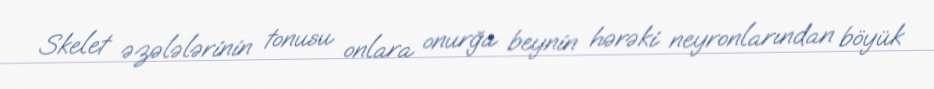
Skelet əzələlərinin tonusu onlara onurğa beynin hərəki neyronlarından böyük